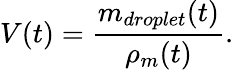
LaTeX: V(t)={\frac{m_{droplet}(t)}{\rho_{m}(t)}}.